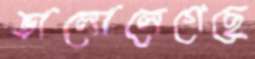
ভালোলেগেছে